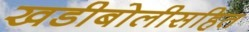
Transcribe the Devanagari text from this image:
खडीबोलीसहित